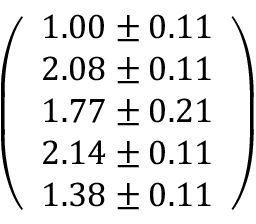
\left( \begin{array} { l } { 1 . 0 0 \pm 0 . 1 1 } \\ { 2 . 0 8 \pm 0 . 1 1 } \\ { 1 . 7 7 \pm 0 . 2 1 } \\ { 2 . 1 4 \pm 0 . 1 1 } \\ { 1 . 3 8 \pm 0 . 1 1 } \end{array} \right)